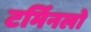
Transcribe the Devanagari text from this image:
टर्मिनलो